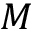
M